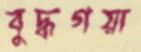
বুদ্ধগয়া